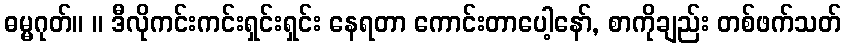
ဓမ္မဂုတ်။ ။ ဒီလိုကင်းကင်းရှင်းရှင်း နေရတာ ကောင်းတာပေါ့နော်, စာကိုချည်း တစ်ဖက်သတ်